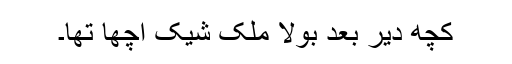
کچھ دیر بعد بولا ملک شیک اچھا تھا۔